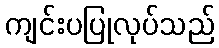
ကျင်းပပြုလုပ်သည်